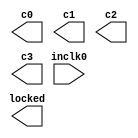
// megafunction wizard: %ALTPLL%VBB%
// GENERATION: STANDARD
// VERSION: WM1.0
// MODULE: altpll 

// ============================================================
// Megafunction Name(s):
// 			altpll
//
// Simulation Library Files(s):
// 			altera_mf
// ============================================================
// ************************************************************
// THIS IS A WIZARD-GENERATED FILE. DO NOT EDIT THIS FILE!
//
// 15.0.0 Build 145 04/22/2015 Patches 0.01we SJ Web Edition
// ************************************************************

//Copyright (C) 1991-2015 Altera Corporation. All rights reserved.
//Your use of Altera Corporation's design tools, logic functions 
//and other software and tools, and its AMPP partner logic 
//functions, and any output files from any of the foregoing 
//(including device programming or simulation files), and any 
//associated documentation or information are expressly subject 
//to the terms and conditions of the Altera Program License 
//Subscription Agreement, the Altera Quartus II License Agreement,
//the Altera MegaCore Function License Agreement, or other 
//applicable license agreement, including, without limitation, 
//that your use is for the sole purpose of programming logic 
//devices manufactured by Altera and sold by Altera or its 
//authorized distributors.  Please refer to the applicable 
//agreement for further details.

module pll_system (
	inclk0,
	c0,
	c1,
	c2,
	c3,
	locked);

	input	  inclk0;
	output	  c0;
	output	  c1;
	output	  c2;
	output	  c3;
	output	  locked;

endmodule

// ============================================================
// CNX file retrieval info
// ============================================================
// Retrieval info: PRIVATE: ACTIVECLK_CHECK STRING "0"
// Retrieval info: PRIVATE: BANDWIDTH STRING "1.000"
// Retrieval info: PRIVATE: BANDWIDTH_FEATURE_ENABLED STRING "1"
// Retrieval info: PRIVATE: BANDWIDTH_FREQ_UNIT STRING "MHz"
// Retrieval info: PRIVATE: BANDWIDTH_PRESET STRING "Low"
// Retrieval info: PRIVATE: BANDWIDTH_USE_AUTO STRING "1"
// Retrieval info: PRIVATE: BANDWIDTH_USE_PRESET STRING "0"
// Retrieval info: PRIVATE: CLKBAD_SWITCHOVER_CHECK STRING "0"
// Retrieval info: PRIVATE: CLKLOSS_CHECK STRING "0"
// Retrieval info: PRIVATE: CLKSWITCH_CHECK STRING "0"
// Retrieval info: PRIVATE: CNX_NO_COMPENSATE_RADIO STRING "0"
// Retrieval info: PRIVATE: CREATE_CLKBAD_CHECK STRING "0"
// Retrieval info: PRIVATE: CREATE_INCLK1_CHECK STRING "0"
// Retrieval info: PRIVATE: CUR_DEDICATED_CLK STRING "c0"
// Retrieval info: PRIVATE: CUR_FBIN_CLK STRING "c0"
// Retrieval info: PRIVATE: DEVICE_SPEED_GRADE STRING "Any"
// Retrieval info: PRIVATE: DIV_FACTOR0 NUMERIC "1"
// Retrieval info: PRIVATE: DIV_FACTOR1 NUMERIC "1"
// Retrieval info: PRIVATE: DIV_FACTOR2 NUMERIC "6"
// Retrieval info: PRIVATE: DIV_FACTOR3 NUMERIC "1"
// Retrieval info: PRIVATE: DUTY_CYCLE0 STRING "50.00000000"
// Retrieval info: PRIVATE: DUTY_CYCLE1 STRING "50.00000000"
// Retrieval info: PRIVATE: DUTY_CYCLE2 STRING "50.00000000"
// Retrieval info: PRIVATE: DUTY_CYCLE3 STRING "50.00000000"
// Retrieval info: PRIVATE: EFF_OUTPUT_FREQ_VALUE0 STRING "120.000000"
// Retrieval info: PRIVATE: EFF_OUTPUT_FREQ_VALUE1 STRING "120.000000"
// Retrieval info: PRIVATE: EFF_OUTPUT_FREQ_VALUE2 STRING "8.333333"
// Retrieval info: PRIVATE: EFF_OUTPUT_FREQ_VALUE3 STRING "40.000000"
// Retrieval info: PRIVATE: EXPLICIT_SWITCHOVER_COUNTER STRING "0"
// Retrieval info: PRIVATE: EXT_FEEDBACK_RADIO STRING "0"
// Retrieval info: PRIVATE: GLOCKED_COUNTER_EDIT_CHANGED STRING "1"
// Retrieval info: PRIVATE: GLOCKED_FEATURE_ENABLED STRING "0"
// Retrieval info: PRIVATE: GLOCKED_MODE_CHECK STRING "0"
// Retrieval info: PRIVATE: GLOCK_COUNTER_EDIT NUMERIC "1048575"
// Retrieval info: PRIVATE: HAS_MANUAL_SWITCHOVER STRING "1"
// Retrieval info: PRIVATE: INCLK0_FREQ_EDIT STRING "50.000"
// Retrieval info: PRIVATE: INCLK0_FREQ_UNIT_COMBO STRING "MHz"
// Retrieval info: PRIVATE: INCLK1_FREQ_EDIT STRING "100.000"
// Retrieval info: PRIVATE: INCLK1_FREQ_EDIT_CHANGED STRING "1"
// Retrieval info: PRIVATE: INCLK1_FREQ_UNIT_CHANGED STRING "1"
// Retrieval info: PRIVATE: INCLK1_FREQ_UNIT_COMBO STRING "MHz"
// Retrieval info: PRIVATE: INTENDED_DEVICE_FAMILY STRING "Cyclone IV E"
// Retrieval info: PRIVATE: INT_FEEDBACK__MODE_RADIO STRING "1"
// Retrieval info: PRIVATE: LOCKED_OUTPUT_CHECK STRING "1"
// Retrieval info: PRIVATE: LONG_SCAN_RADIO STRING "1"
// Retrieval info: PRIVATE: LVDS_MODE_DATA_RATE STRING "Not Available"
// Retrieval info: PRIVATE: LVDS_MODE_DATA_RATE_DIRTY NUMERIC "0"
// Retrieval info: PRIVATE: LVDS_PHASE_SHIFT_UNIT0 STRING "deg"
// Retrieval info: PRIVATE: LVDS_PHASE_SHIFT_UNIT1 STRING "deg"
// Retrieval info: PRIVATE: LVDS_PHASE_SHIFT_UNIT2 STRING "deg"
// Retrieval info: PRIVATE: LVDS_PHASE_SHIFT_UNIT3 STRING "deg"
// Retrieval info: PRIVATE: MIG_DEVICE_SPEED_GRADE STRING "Any"
// Retrieval info: PRIVATE: MIRROR_CLK0 STRING "0"
// Retrieval info: PRIVATE: MIRROR_CLK1 STRING "0"
// Retrieval info: PRIVATE: MIRROR_CLK2 STRING "0"
// Retrieval info: PRIVATE: MIRROR_CLK3 STRING "0"
// Retrieval info: PRIVATE: MULT_FACTOR0 NUMERIC "1"
// Retrieval info: PRIVATE: MULT_FACTOR1 NUMERIC "2"
// Retrieval info: PRIVATE: MULT_FACTOR2 NUMERIC "1"
// Retrieval info: PRIVATE: MULT_FACTOR3 NUMERIC "1"
// Retrieval info: PRIVATE: NORMAL_MODE_RADIO STRING "1"
// Retrieval info: PRIVATE: OUTPUT_FREQ0 STRING "120.00000000"
// Retrieval info: PRIVATE: OUTPUT_FREQ1 STRING "120.00000000"
// Retrieval info: PRIVATE: OUTPUT_FREQ2 STRING "100.00000000"
// Retrieval info: PRIVATE: OUTPUT_FREQ3 STRING "40.00000000"
// Retrieval info: PRIVATE: OUTPUT_FREQ_MODE0 STRING "1"
// Retrieval info: PRIVATE: OUTPUT_FREQ_MODE1 STRING "1"
// Retrieval info: PRIVATE: OUTPUT_FREQ_MODE2 STRING "0"
// Retrieval info: PRIVATE: OUTPUT_FREQ_MODE3 STRING "1"
// Retrieval info: PRIVATE: OUTPUT_FREQ_UNIT0 STRING "MHz"
// Retrieval info: PRIVATE: OUTPUT_FREQ_UNIT1 STRING "MHz"
// Retrieval info: PRIVATE: OUTPUT_FREQ_UNIT2 STRING "MHz"
// Retrieval info: PRIVATE: OUTPUT_FREQ_UNIT3 STRING "MHz"
// Retrieval info: PRIVATE: PHASE_RECONFIG_FEATURE_ENABLED STRING "1"
// Retrieval info: PRIVATE: PHASE_RECONFIG_INPUTS_CHECK STRING "0"
// Retrieval info: PRIVATE: PHASE_SHIFT0 STRING "0.00000000"
// Retrieval info: PRIVATE: PHASE_SHIFT1 STRING "-65.00000000"
// Retrieval info: PRIVATE: PHASE_SHIFT2 STRING "0.00000000"
// Retrieval info: PRIVATE: PHASE_SHIFT3 STRING "0.00000000"
// Retrieval info: PRIVATE: PHASE_SHIFT_STEP_ENABLED_CHECK STRING "0"
// Retrieval info: PRIVATE: PHASE_SHIFT_UNIT0 STRING "deg"
// Retrieval info: PRIVATE: PHASE_SHIFT_UNIT1 STRING "ns"
// Retrieval info: PRIVATE: PHASE_SHIFT_UNIT2 STRING "deg"
// Retrieval info: PRIVATE: PHASE_SHIFT_UNIT3 STRING "deg"
// Retrieval info: PRIVATE: PLL_ADVANCED_PARAM_CHECK STRING "0"
// Retrieval info: PRIVATE: PLL_ARESET_CHECK STRING "0"
// Retrieval info: PRIVATE: PLL_AUTOPLL_CHECK NUMERIC "1"
// Retrieval info: PRIVATE: PLL_ENHPLL_CHECK NUMERIC "0"
// Retrieval info: PRIVATE: PLL_FASTPLL_CHECK NUMERIC "0"
// Retrieval info: PRIVATE: PLL_FBMIMIC_CHECK STRING "0"
// Retrieval info: PRIVATE: PLL_LVDS_PLL_CHECK NUMERIC "0"
// Retrieval info: PRIVATE: PLL_PFDENA_CHECK STRING "0"
// Retrieval info: PRIVATE: PLL_TARGET_HARCOPY_CHECK NUMERIC "0"
// Retrieval info: PRIVATE: PRIMARY_CLK_COMBO STRING "inclk0"
// Retrieval info: PRIVATE: RECONFIG_FILE STRING "pll_system.mif"
// Retrieval info: PRIVATE: SACN_INPUTS_CHECK STRING "0"
// Retrieval info: PRIVATE: SCAN_FEATURE_ENABLED STRING "1"
// Retrieval info: PRIVATE: SELF_RESET_LOCK_LOSS STRING "0"
// Retrieval info: PRIVATE: SHORT_SCAN_RADIO STRING "0"
// Retrieval info: PRIVATE: SPREAD_FEATURE_ENABLED STRING "0"
// Retrieval info: PRIVATE: SPREAD_FREQ STRING "50.000"
// Retrieval info: PRIVATE: SPREAD_FREQ_UNIT STRING "KHz"
// Retrieval info: PRIVATE: SPREAD_PERCENT STRING "0.500"
// Retrieval info: PRIVATE: SPREAD_USE STRING "0"
// Retrieval info: PRIVATE: SRC_SYNCH_COMP_RADIO STRING "0"
// Retrieval info: PRIVATE: STICKY_CLK0 STRING "1"
// Retrieval info: PRIVATE: STICKY_CLK1 STRING "1"
// Retrieval info: PRIVATE: STICKY_CLK2 STRING "1"
// Retrieval info: PRIVATE: STICKY_CLK3 STRING "1"
// Retrieval info: PRIVATE: SWITCHOVER_COUNT_EDIT NUMERIC "1"
// Retrieval info: PRIVATE: SWITCHOVER_FEATURE_ENABLED STRING "1"
// Retrieval info: PRIVATE: SYNTH_WRAPPER_GEN_POSTFIX STRING "0"
// Retrieval info: PRIVATE: USE_CLK0 STRING "1"
// Retrieval info: PRIVATE: USE_CLK1 STRING "1"
// Retrieval info: PRIVATE: USE_CLK2 STRING "1"
// Retrieval info: PRIVATE: USE_CLK3 STRING "1"
// Retrieval info: PRIVATE: USE_CLKENA0 STRING "0"
// Retrieval info: PRIVATE: USE_CLKENA1 STRING "0"
// Retrieval info: PRIVATE: USE_CLKENA2 STRING "0"
// Retrieval info: PRIVATE: USE_CLKENA3 STRING "0"
// Retrieval info: PRIVATE: USE_MIL_SPEED_GRADE NUMERIC "0"
// Retrieval info: PRIVATE: ZERO_DELAY_RADIO STRING "0"
// Retrieval info: LIBRARY: altera_mf altera_mf.altera_mf_components.all
// Retrieval info: CONSTANT: BANDWIDTH_TYPE STRING "AUTO"
// Retrieval info: CONSTANT: CLK0_DIVIDE_BY NUMERIC "5"
// Retrieval info: CONSTANT: CLK0_DUTY_CYCLE NUMERIC "50"
// Retrieval info: CONSTANT: CLK0_MULTIPLY_BY NUMERIC "12"
// Retrieval info: CONSTANT: CLK0_PHASE_SHIFT STRING "0"
// Retrieval info: CONSTANT: CLK1_DIVIDE_BY NUMERIC "5"
// Retrieval info: CONSTANT: CLK1_DUTY_CYCLE NUMERIC "50"
// Retrieval info: CONSTANT: CLK1_MULTIPLY_BY NUMERIC "12"
// Retrieval info: CONSTANT: CLK1_PHASE_SHIFT STRING "-65000"
// Retrieval info: CONSTANT: CLK2_DIVIDE_BY NUMERIC "6"
// Retrieval info: CONSTANT: CLK2_DUTY_CYCLE NUMERIC "50"
// Retrieval info: CONSTANT: CLK2_MULTIPLY_BY NUMERIC "1"
// Retrieval info: CONSTANT: CLK2_PHASE_SHIFT STRING "0"
// Retrieval info: CONSTANT: CLK3_DIVIDE_BY NUMERIC "5"
// Retrieval info: CONSTANT: CLK3_DUTY_CYCLE NUMERIC "50"
// Retrieval info: CONSTANT: CLK3_MULTIPLY_BY NUMERIC "4"
// Retrieval info: CONSTANT: CLK3_PHASE_SHIFT STRING "0"
// Retrieval info: CONSTANT: COMPENSATE_CLOCK STRING "CLK0"
// Retrieval info: CONSTANT: INCLK0_INPUT_FREQUENCY NUMERIC "20000"
// Retrieval info: CONSTANT: INTENDED_DEVICE_FAMILY STRING "Cyclone IV E"
// Retrieval info: CONSTANT: LPM_TYPE STRING "altpll"
// Retrieval info: CONSTANT: OPERATION_MODE STRING "NORMAL"
// Retrieval info: CONSTANT: PLL_TYPE STRING "AUTO"
// Retrieval info: CONSTANT: PORT_ACTIVECLOCK STRING "PORT_UNUSED"
// Retrieval info: CONSTANT: PORT_ARESET STRING "PORT_UNUSED"
// Retrieval info: CONSTANT: PORT_CLKBAD0 STRING "PORT_UNUSED"
// Retrieval info: CONSTANT: PORT_CLKBAD1 STRING "PORT_UNUSED"
// Retrieval info: CONSTANT: PORT_CLKLOSS STRING "PORT_UNUSED"
// Retrieval info: CONSTANT: PORT_CLKSWITCH STRING "PORT_UNUSED"
// Retrieval info: CONSTANT: PORT_CONFIGUPDATE STRING "PORT_UNUSED"
// Retrieval info: CONSTANT: PORT_FBIN STRING "PORT_UNUSED"
// Retrieval info: CONSTANT: PORT_INCLK0 STRING "PORT_USED"
// Retrieval info: CONSTANT: PORT_INCLK1 STRING "PORT_UNUSED"
// Retrieval info: CONSTANT: PORT_LOCKED STRING "PORT_USED"
// Retrieval info: CONSTANT: PORT_PFDENA STRING "PORT_UNUSED"
// Retrieval info: CONSTANT: PORT_PHASECOUNTERSELECT STRING "PORT_UNUSED"
// Retrieval info: CONSTANT: PORT_PHASEDONE STRING "PORT_UNUSED"
// Retrieval info: CONSTANT: PORT_PHASESTEP STRING "PORT_UNUSED"
// Retrieval info: CONSTANT: PORT_PHASEUPDOWN STRING "PORT_UNUSED"
// Retrieval info: CONSTANT: PORT_PLLENA STRING "PORT_UNUSED"
// Retrieval info: CONSTANT: PORT_SCANACLR STRING "PORT_UNUSED"
// Retrieval info: CONSTANT: PORT_SCANCLK STRING "PORT_UNUSED"
// Retrieval info: CONSTANT: PORT_SCANCLKENA STRING "PORT_UNUSED"
// Retrieval info: CONSTANT: PORT_SCANDATA STRING "PORT_UNUSED"
// Retrieval info: CONSTANT: PORT_SCANDATAOUT STRING "PORT_UNUSED"
// Retrieval info: CONSTANT: PORT_SCANDONE STRING "PORT_UNUSED"
// Retrieval info: CONSTANT: PORT_SCANREAD STRING "PORT_UNUSED"
// Retrieval info: CONSTANT: PORT_SCANWRITE STRING "PORT_UNUSED"
// Retrieval info: CONSTANT: PORT_clk0 STRING "PORT_USED"
// Retrieval info: CONSTANT: PORT_clk1 STRING "PORT_USED"
// Retrieval info: CONSTANT: PORT_clk2 STRING "PORT_USED"
// Retrieval info: CONSTANT: PORT_clk3 STRING "PORT_USED"
// Retrieval info: CONSTANT: PORT_clk4 STRING "PORT_UNUSED"
// Retrieval info: CONSTANT: PORT_clk5 STRING "PORT_UNUSED"
// Retrieval info: CONSTANT: PORT_clkena0 STRING "PORT_UNUSED"
// Retrieval info: CONSTANT: PORT_clkena1 STRING "PORT_UNUSED"
// Retrieval info: CONSTANT: PORT_clkena2 STRING "PORT_UNUSED"
// Retrieval info: CONSTANT: PORT_clkena3 STRING "PORT_UNUSED"
// Retrieval info: CONSTANT: PORT_clkena4 STRING "PORT_UNUSED"
// Retrieval info: CONSTANT: PORT_clkena5 STRING "PORT_UNUSED"
// Retrieval info: CONSTANT: PORT_extclk0 STRING "PORT_UNUSED"
// Retrieval info: CONSTANT: PORT_extclk1 STRING "PORT_UNUSED"
// Retrieval info: CONSTANT: PORT_extclk2 STRING "PORT_UNUSED"
// Retrieval info: CONSTANT: PORT_extclk3 STRING "PORT_UNUSED"
// Retrieval info: CONSTANT: SELF_RESET_ON_LOSS_LOCK STRING "OFF"
// Retrieval info: CONSTANT: WIDTH_CLOCK NUMERIC "5"
// Retrieval info: USED_PORT: @clk 0 0 5 0 OUTPUT_CLK_EXT VCC "@clk[4..0]"
// Retrieval info: USED_PORT: c0 0 0 0 0 OUTPUT_CLK_EXT VCC "c0"
// Retrieval info: USED_PORT: c1 0 0 0 0 OUTPUT_CLK_EXT VCC "c1"
// Retrieval info: USED_PORT: c2 0 0 0 0 OUTPUT_CLK_EXT VCC "c2"
// Retrieval info: USED_PORT: c3 0 0 0 0 OUTPUT_CLK_EXT VCC "c3"
// Retrieval info: USED_PORT: inclk0 0 0 0 0 INPUT_CLK_EXT GND "inclk0"
// Retrieval info: USED_PORT: locked 0 0 0 0 OUTPUT GND "locked"
// Retrieval info: CONNECT: @inclk 0 0 1 1 GND 0 0 0 0
// Retrieval info: CONNECT: @inclk 0 0 1 0 inclk0 0 0 0 0
// Retrieval info: CONNECT: c0 0 0 0 0 @clk 0 0 1 0
// Retrieval info: CONNECT: c1 0 0 0 0 @clk 0 0 1 1
// Retrieval info: CONNECT: c2 0 0 0 0 @clk 0 0 1 2
// Retrieval info: CONNECT: c3 0 0 0 0 @clk 0 0 1 3
// Retrieval info: CONNECT: locked 0 0 0 0 @locked 0 0 0 0
// Retrieval info: GEN_FILE: TYPE_NORMAL pll_system.v TRUE
// Retrieval info: GEN_FILE: TYPE_NORMAL pll_system.ppf TRUE
// Retrieval info: GEN_FILE: TYPE_NORMAL pll_system.inc FALSE
// Retrieval info: GEN_FILE: TYPE_NORMAL pll_system.cmp FALSE
// Retrieval info: GEN_FILE: TYPE_NORMAL pll_system.bsf FALSE
// Retrieval info: GEN_FILE: TYPE_NORMAL pll_system_inst.v TRUE
// Retrieval info: GEN_FILE: TYPE_NORMAL pll_system_bb.v TRUE
// Retrieval info: LIB_FILE: altera_mf
// Retrieval info: CBX_MODULE_PREFIX: ON